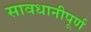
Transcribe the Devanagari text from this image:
सावधानीपूर्ण